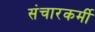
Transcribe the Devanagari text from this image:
संचारकर्मी